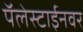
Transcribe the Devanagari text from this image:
पॅलेस्टाईनवर